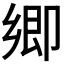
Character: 𭅼